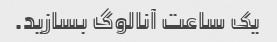
یک ساعت آنالوگ بسازید.